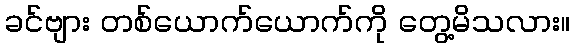
ခင်ဗျား တစ်ယောက်ယောက်ကို တွေ့မိသလား။